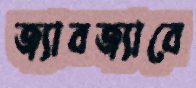
জ্যাবজ্যাবে